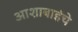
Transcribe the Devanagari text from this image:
आशाबाईंचे